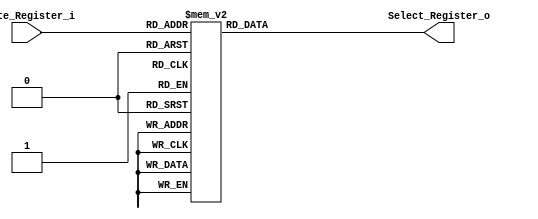
/******************************************************************
* Description
*	This a decoder used in the register file.
*	1.0
* Author:
*	Dr. Jos Luis Pizano Escalante
* email:
*	luispizano@iteso.mx
* Date:
*	16/08/2021
******************************************************************/
module Decoder_Register_File
(
	input [4:0] Write_Register_i,
	output [31:0] Select_Register_o
);
reg [31:0] select_register_r;

always@(*)begin
	case(Write_Register_i)
		0:   select_register_r = 32'b0000_0000_0000_0000_0000_0000_0000_0001;
		1:	  select_register_r = 32'b0000_0000_0000_0000_0000_0000_0000_0010;
		2:	  select_register_r = 32'b0000_0000_0000_0000_0000_0000_0000_0100;
		3:	  select_register_r = 32'b0000_0000_0000_0000_0000_0000_0000_1000;
		4:	  select_register_r = 32'b0000_0000_0000_0000_0000_0000_0001_0000;		
		5:	  select_register_r = 32'b0000_0000_0000_0000_0000_0000_0010_0000;
		6:	  select_register_r = 32'b0000_0000_0000_0000_0000_0000_0100_0000;
		7:	  select_register_r = 32'b0000_0000_0000_0000_0000_0000_1000_0000;
		8:	  select_register_r = 32'b0000_0000_0000_0000_0000_0001_0000_0000;
		9:	  select_register_r = 32'b0000_0000_0000_0000_0000_0010_0000_0000;
		10:  select_register_r = 32'b0000_0000_0000_0000_0000_0100_0000_0000;
		11:  select_register_r = 32'b0000_0000_0000_0000_0000_1000_0000_0000;
		12:  select_register_r = 32'b0000_0000_0000_0000_0001_0000_0000_0000;
		13:  select_register_r = 32'b0000_0000_0000_0000_0010_0000_0000_0000;
		14:  select_register_r = 32'b0000_0000_0000_0000_0100_0000_0000_0000;
		15:  select_register_r = 32'b0000_0000_0000_0000_1000_0000_0000_0000;
		16:  select_register_r = 32'b0000_0000_0000_0001_0000_0000_0000_0000;
		17:  select_register_r = 32'b0000_0000_0000_0010_0000_0000_0000_0000;
		18:  select_register_r = 32'b0000_0000_0000_0100_0000_0000_0000_0000;
		19:  select_register_r = 32'b0000_0000_0000_1000_0000_0000_0000_0000;
		20:  select_register_r = 32'b0000_0000_0001_0000_0000_0000_0000_0000;
		21:  select_register_r = 32'b0000_0000_0010_0000_0000_0000_0000_0000;		
		22:  select_register_r = 32'b0000_0000_0100_0000_0000_0000_0000_0000;
		23:  select_register_r = 32'b0000_0000_1000_0000_0000_0000_0000_0000;
		24:  select_register_r = 32'b0000_0001_0000_0000_0000_0000_0000_0000;
		25:  select_register_r = 32'b0000_0010_0000_0000_0000_0000_0000_0000;
		26:  select_register_r = 32'b0000_0100_0000_0000_0000_0000_0000_0000;
		27:  select_register_r = 32'b0000_1000_0000_0000_0000_0000_0000_0000;
		28:  select_register_r = 32'b0001_0000_0000_0000_0000_0000_0000_0000;
		29:  select_register_r = 32'b0010_0000_0000_0000_0000_0000_0000_0000;
		30:  select_register_r = 32'b0100_0000_0000_0000_0000_0000_0000_0000;
		31:  select_register_r = 32'b1000_0000_0000_0000_0000_0000_0000_0000;
	endcase
end

assign Select_Register_o = select_register_r;




endmodule